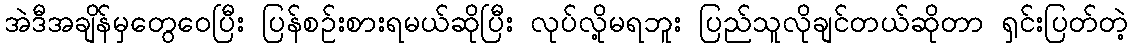
အဲဒီအချိန်မှတွေဝေပြီး ပြန်စဉ်းစားရမယ်ဆိုပြီး လုပ်လို့မရဘူး ပြည်သူလိုချင်တယ်ဆိုတာ ရှင်းပြတ်တဲ့